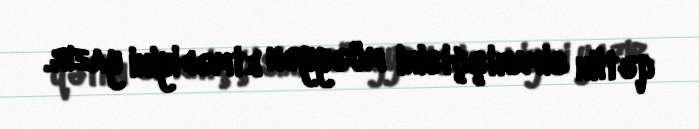
qətlin sifarişçisini müəyyən etmədiyini yazır.